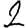
Digit: 2